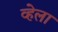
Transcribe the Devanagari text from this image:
व्हेला